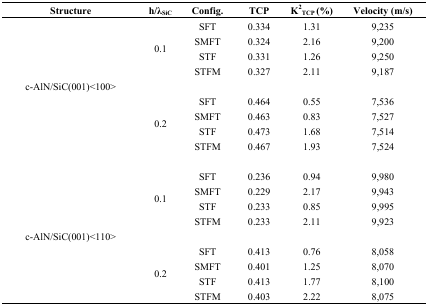
| Structure | h/λSiC | Config. | TCP | K2TCP (%) | Velocity (m/s) |
 | --- | --- | --- | --- | --- | --- |
 | <ROWSPAN=8> c-AlN/SiC(001)<100> | <ROWSPAN=4> 0.1 | SFT | 0.334 | 1.31 | 9,235 |
 | SMFT | 0.324 | 2.16 | 9,200 |
 | STF | 0.331 | 1.26 | 9,250 |
 | STFM | 0.327 | 2.11 | 9,187 |
 | <ROWSPAN=4> 0.2 | SFT | 0.464 | 0.55 | 7,536 |
 | SMFT | 0.463 | 0.83 | 7,527 |
 | STF | 0.473 | 1.68 | 7,514 |
 | STFM | 0.467 | 1.93 | 7,524 |
 | <ROWSPAN=8> c-AlN/SiC(001)<110> | <ROWSPAN=4> 0.1 | SFT | 0.236 | 0.94 | 9,980 |
 | SMFT | 0.229 | 2.17 | 9,943 |
 | STF | 0.233 | 0.85 | 9,995 |
 | STFM | 0.233 | 2.11 | 9,923 |
 | <ROWSPAN=4> 0.2 | SFT | 0.413 | 0.76 | 8,058 |
 | SMFT | 0.401 | 1.25 | 8,070 |
 | STF | 0.413 | 1.77 | 8,100 |
 | STFM | 0.403 | 2.22 | 8,075 |